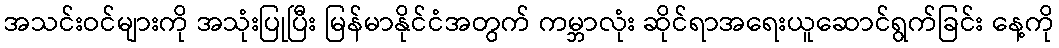
အသင်းဝင်များကို အသုံးပြုပြီး မြန်မာနိုင်ငံအတွက် ကမ္ဘာလုံး ဆိုင်ရာအရေးယူဆောင်ရွက်ခြင်း နေ့ကို